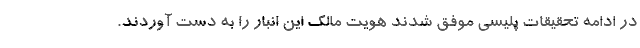
در ادامه تحقیقات پلیسی موفق شدند هویت مالک این انبار را به دست آوردند.